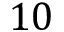
1 0